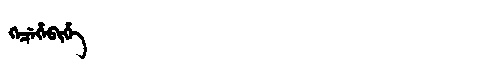
Manchu: ᡴᡝᠴᡝᡥᡝᠪᡳᡥᡝ
Romanization: KECEHEBIHE